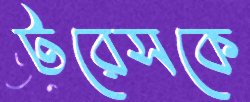
টরেসকে